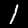
Label: 1